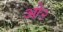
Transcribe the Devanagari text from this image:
ओ२